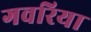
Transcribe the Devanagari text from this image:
गवरिया